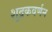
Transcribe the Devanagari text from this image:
शूद्रकवर्णन